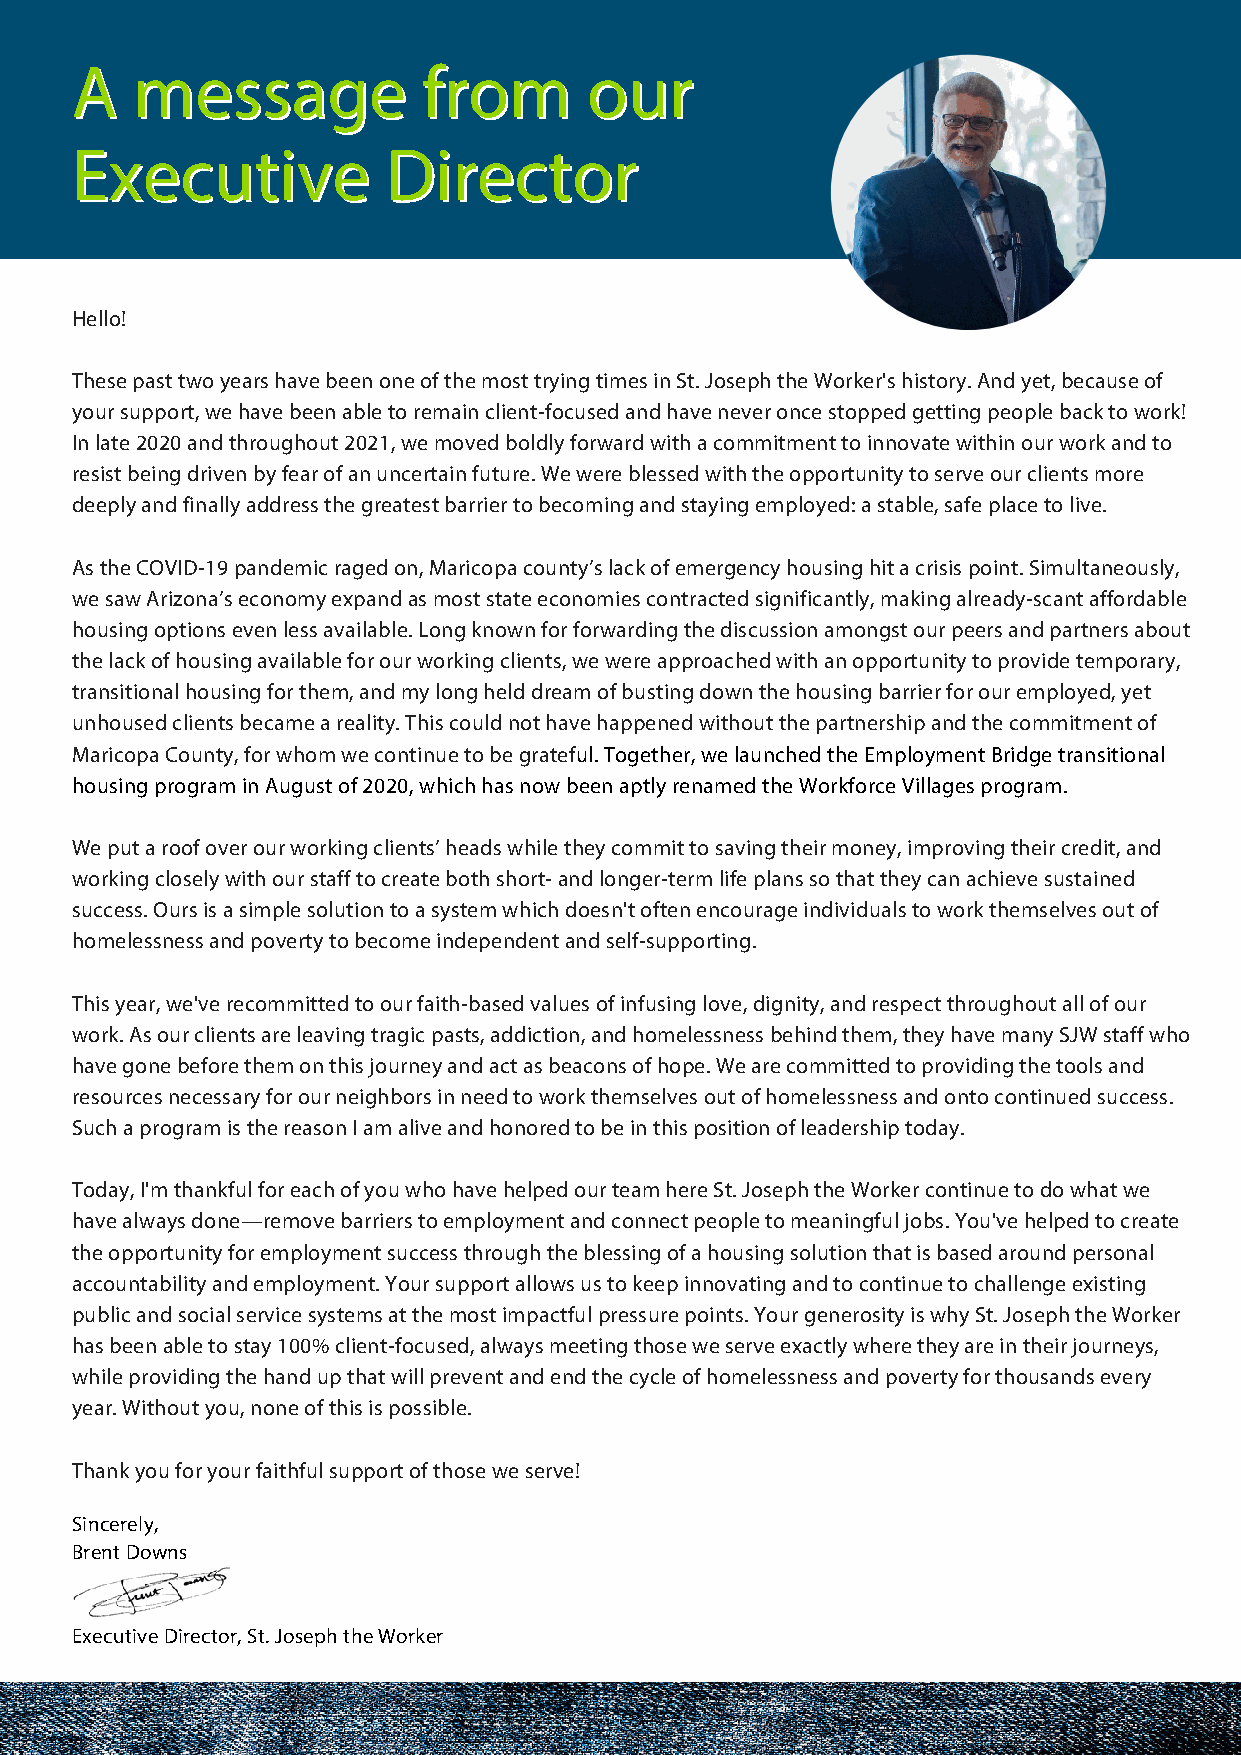
AA  mmeessssaaggee     ffrroomm   oouurr
 EExxeeccuuttiivvee   DDiirreeccttoorr
 Hello!
 These past two years have been one of the most trying times in St. Joseph the Worker's history. And yet, because of
 your support, we have been able to remain client-focused and have never once stopped getting people back to work!
 In late 2020 and throughout 2021, we moved boldly forward with a commitment to innovate within our work and to
 resist being driven by fear of an uncertain future. We were blessed with the opportunity to serve our clients more
 deeply and finally address the greatest barrier to becoming and staying employed: a stable, safe place to live.
 As the COVID-19 pandemic raged on, Maricopa county’s lack of emergency housing hit a crisis point. Simultaneously,
 we saw Arizona’s economy expand as most state economies contracted significantly, making already-scant affordable
 housing options even less available. Long known for forwarding the discussion amongst our peers and partners about
 the lack of housing available for our working clients, we were approached with an opportunity to provide temporary,
 transitional housing for them, and my long held dream of busting down the housing barrier for our employed, yet
 unhoused clients became a reality. This could not have happened without the partnership and the commitment of
 Maricopa County, for whom we continue to be grateful. Together, we launched the Employment Bridge transitional
 housing program in August of 2020, which has now been aptly renamed the Workforce Villages program.
 We put a roof over our working clients’ heads while they commit to saving their money, improving their credit, and
 working closely with our staff to create both short- and longer-term life plans so that they can achieve sustained
 success. Ours is a simple solution to a system which doesn't often encourage individuals to work themselves out of
 homelessness and poverty to become independent and self-supporting.
 This year, we've recommitted to our faith-based values of infusing love, dignity, and respect throughout all of our
 work. As our clients are leaving tragic pasts, addiction, and homelessness behind them, they have many SJW staff who
 have gone before them on this journey and act as beacons of hope. We are committed to providing the tools and
 resources necessary for our neighbors in need to work themselves out of homelessness and onto continued success.
 Such a program is the reason I am alive and honored to be in this position of leadership today.
 Today, I'm thankful for each of you who have helped our team here St. Joseph the Worker continue to do what we
 have always done—remove barriers to employment and connect people to meaningful jobs. You've helped to create
 the opportunity for employment success through the blessing of a housing solution that is based around personal
 accountability and employment. Your support allows us to keep innovating and to continue to challenge existing
 public and social service systems at the most impactful pressure points. Your generosity is why St. Joseph the Worker
 has been able to stay 100% client-focused, always meeting those we serve exactly where they are in their journeys,
 while providing the hand up that will prevent and end the cycle of homelessness and poverty for thousands every
 year. Without you, none of this is possible.
 Thank you for your faithful support of those we serve!
 Sincerely,
 Brent Downs
 Executive Director, St. Joseph the Worker